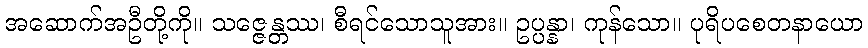
အဆောက်အဦတို့ကို။ သဇ္ဇေန္တဿ၊ စီရင်သောသူအား။ ဥပ္ပန္နာ၊ ကုန်သော။ ပုရိပစေတနာယော